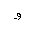
Letter: _waw